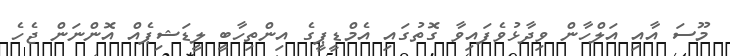
މޫސަ އާއި އަލްހާން ވިދާޅުވެފައިވާ ގޮތުގައި އެމްޑީޕީގެ އިންތިހާބީ ލީޑަޝިޕެއް އޮންނަން ޖެހެ